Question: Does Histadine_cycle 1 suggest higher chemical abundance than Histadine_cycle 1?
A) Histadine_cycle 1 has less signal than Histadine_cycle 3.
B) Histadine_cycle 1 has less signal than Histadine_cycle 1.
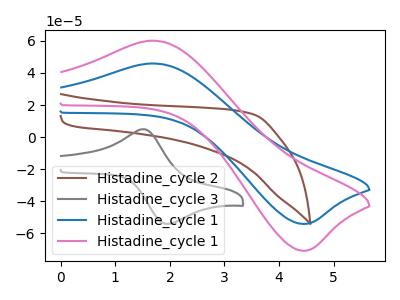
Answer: <think>The brown curve "Histadine_cycle 2" has no peaks. The gray curve "Histadine_cycle 3" has an anodic peak at (1.50V, 4.95uA) and a cathodic peak at (1.95V, -54.05uA). The blue curve "Histadine_cycle 1" has an anodic peak at (1.70V, 45.95uA) and a cathodic peak at (4.40V, -54.05uA). The pink curve "Histadine_cycle 1" has an anodic peak at (1.70V, 60.15uA) and a cathodic peak at (4.40V, -70.75uA).
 All the peaks in "Histadine_cycle 1" have a peak in "Histadine_cycle 1" at the same potential. Every peak in "Histadine_cycle 1" is lower than every peak in "Histadine_cycle 1".</think>
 <answer>B) "Histadine_cycle 1" has less signal than "Histadine_cycle 1".</answer>
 <eval>B</eval>